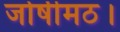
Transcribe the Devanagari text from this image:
जोषीमठ।